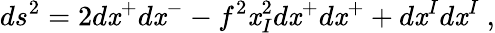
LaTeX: ds^{2}=2d\mathit{x}^{+}d\mathit{x}^{-}-f^{2}\mathit{x}_{I}^{2}d\mathit{x}^{+}d\mathit{x}^{+}+d\mathit{x}^{I}d\mathit{x}^{I}~,